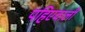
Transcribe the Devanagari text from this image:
पहिएवाली